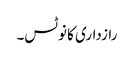
رازداری کا نوٹس۔